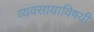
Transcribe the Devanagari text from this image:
व्यवसायाविषयी